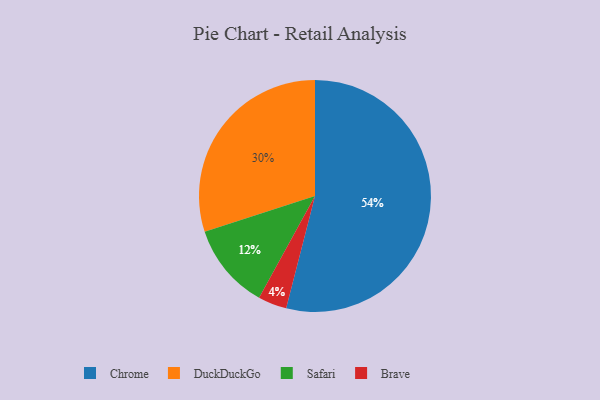
{"axis": {"x": "Category", "y": "Percentage"}, "legend": ["Brave", "Chrome", "DuckDuckGo", "Safari"], "data": [{"x": "DuckDuckGo", "y": 30, "type": "DuckDuckGo"}, {"x": "Brave", "y": 4, "type": "Brave"}, {"x": "Chrome", "y": 54, "type": "Chrome"}, {"x": "Safari", "y": 12, "type": "Safari"}]}